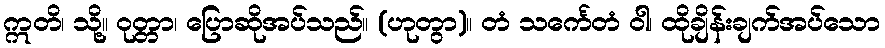
ဣတိ၊ သို့။ ဝုတ္တာ၊ ပြောဆိုအပ်သည်။ (ဟုတွာ)။ တံ သင်္ကေတံ ဝါ၊ ထိုချိန်းချက်အပ်သော